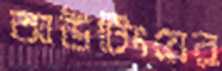
আউটিংয়ের